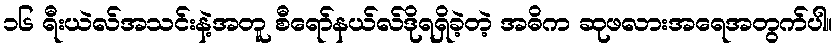
၁၆ ရီးယဲလ်အသင်းနဲ့အတူ စီရော်နယ်လ်ဒိုရရှိခဲ့တဲ့ အဓိက ဆုဖလားအရေအတွက်ပါ။